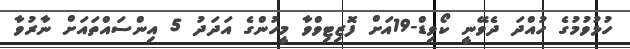
ހުޅުވުމުގެ ހުއްދަ ދެވޭނީ ކޯވިޑް-19އަށް ފޮޒިޓިވްވާ މީހުންގެ އަދަދު 5 އިންސައްތައަށް ނާރުވާ